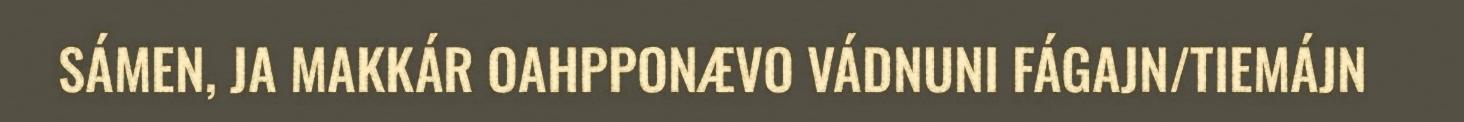
SÁMEN, JA MAKKÁR OAHPPONÆVO VÁDNUNI FÁGAJN/TIEMÁJN